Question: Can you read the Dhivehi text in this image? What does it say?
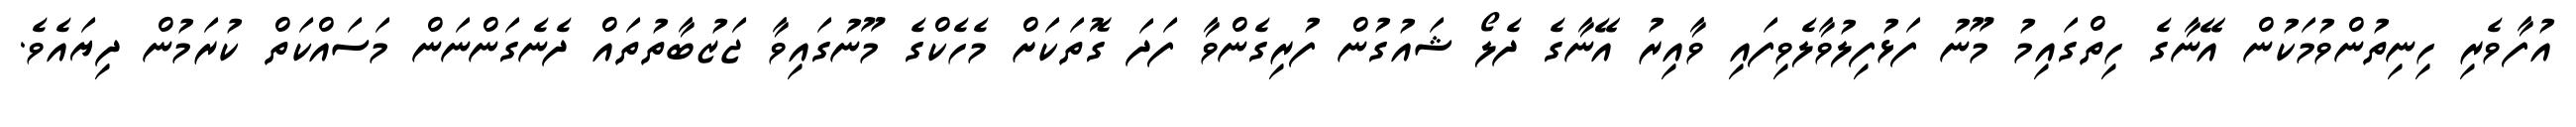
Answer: އުފާވެރި ހިނިތުންވުމަކުން އޭނާގެ ހިތްގައިމު މޫނު ފަޅުފިލުވާލެވިފައި ވާއިރު އޭނާގެ ދެލޯ ޝައުގުން ފުރިގެންވާ ފަދަ ގޮތަކަށް މެހެކްގެ މޫނުގައިވާ ޖަޒުބާތުތައް ދެނެގަންނަން މަސައްކަތް ކުރަމުން ދިޔައެވެ.